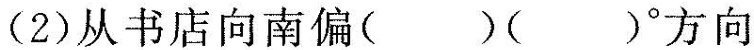
(2)从书店向南偏( )( )^{\circ}方向